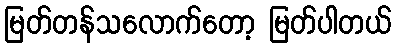
မြတ်တန်သလောက်တော့ မြတ်ပါတယ်